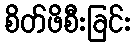
စိတ်ဖိစီးခြင်း